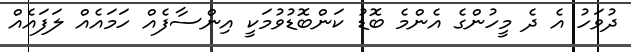
ދުވަހު އެ ދެ މީހުންގެ އެންމެ ބޮޑު ކަންބޮޑުވުމަކީ އިންސާފެއް ހަމައެއް ލަފައެއް